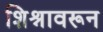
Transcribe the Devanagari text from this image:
शिश्नावरून